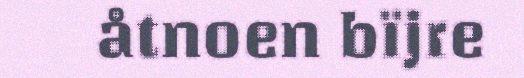
åtnoen bïjre